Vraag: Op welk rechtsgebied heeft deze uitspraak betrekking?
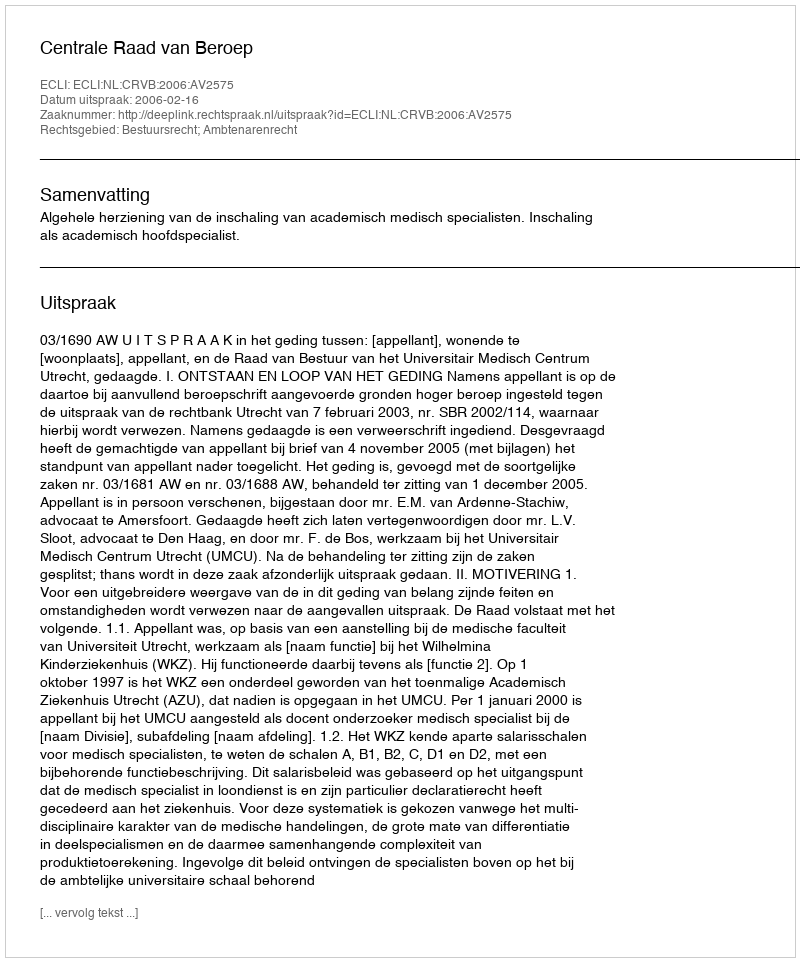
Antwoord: Bestuursrecht; Ambtenarenrecht